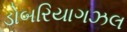
ડોબરિયાગઝલ